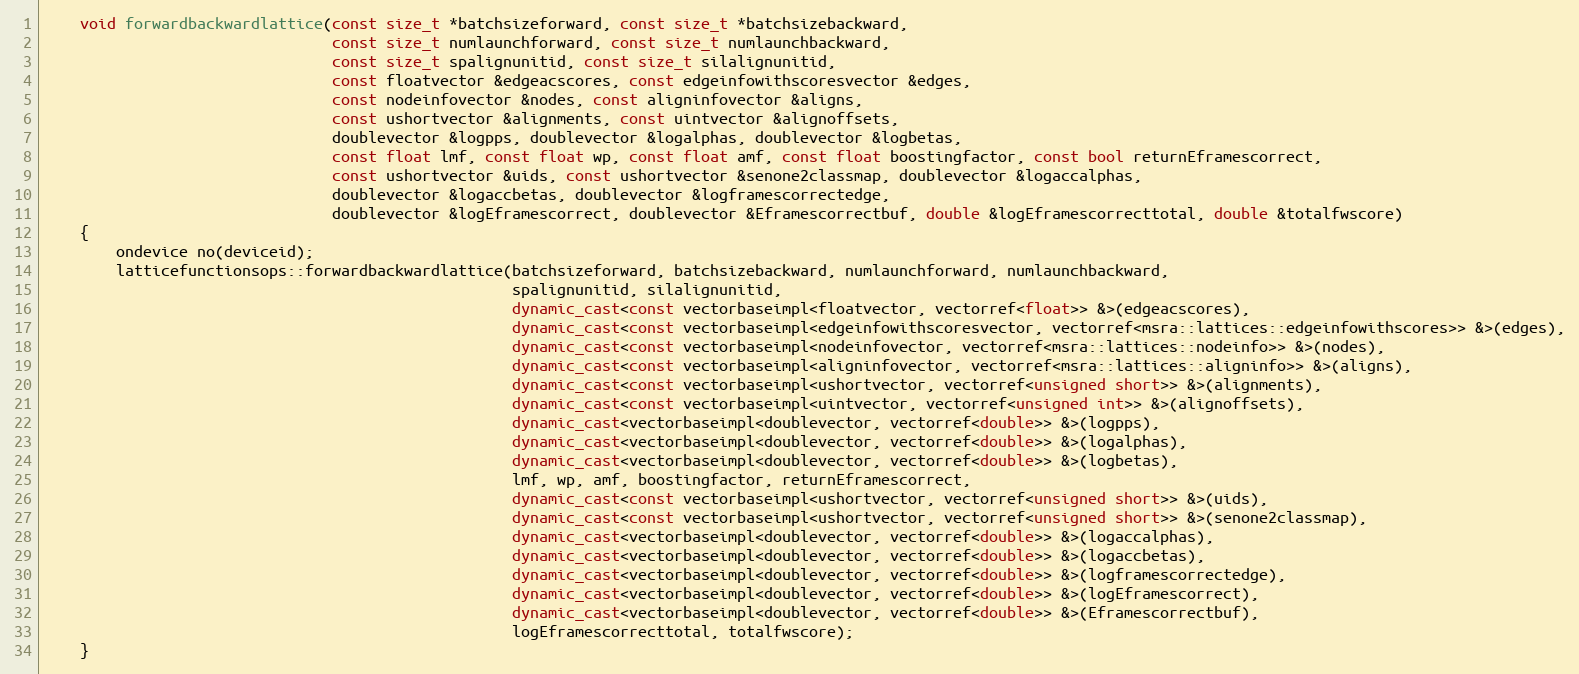
Language: C++
    void forwardbackwardlattice(const size_t *batchsizeforward, const size_t *batchsizebackward,
                                const size_t numlaunchforward, const size_t numlaunchbackward,
                                const size_t spalignunitid, const size_t silalignunitid,
                                const floatvector &edgeacscores, const edgeinfowithscoresvector &edges,
                                const nodeinfovector &nodes, const aligninfovector &aligns,
                                const ushortvector &alignments, const uintvector &alignoffsets,
                                doublevector &logpps, doublevector &logalphas, doublevector &logbetas,
                                const float lmf, const float wp, const float amf, const float boostingfactor, const bool returnEframescorrect,
                                const ushortvector &uids, const ushortvector &senone2classmap, doublevector &logaccalphas,
                                doublevector &logaccbetas, doublevector &logframescorrectedge,
                                doublevector &logEframescorrect, doublevector &Eframescorrectbuf, double &logEframescorrecttotal, double &totalfwscore)
    {
        ondevice no(deviceid);
        latticefunctionsops::forwardbackwardlattice(batchsizeforward, batchsizebackward, numlaunchforward, numlaunchbackward,
                                                    spalignunitid, silalignunitid,
                                                    dynamic_cast<const vectorbaseimpl<floatvector, vectorref<float>> &>(edgeacscores),
                                                    dynamic_cast<const vectorbaseimpl<edgeinfowithscoresvector, vectorref<msra::lattices::edgeinfowithscores>> &>(edges),
                                                    dynamic_cast<const vectorbaseimpl<nodeinfovector, vectorref<msra::lattices::nodeinfo>> &>(nodes),
                                                    dynamic_cast<const vectorbaseimpl<aligninfovector, vectorref<msra::lattices::aligninfo>> &>(aligns),
                                                    dynamic_cast<const vectorbaseimpl<ushortvector, vectorref<unsigned short>> &>(alignments),
                                                    dynamic_cast<const vectorbaseimpl<uintvector, vectorref<unsigned int>> &>(alignoffsets),
                                                    dynamic_cast<vectorbaseimpl<doublevector, vectorref<double>> &>(logpps),
                                                    dynamic_cast<vectorbaseimpl<doublevector, vectorref<double>> &>(logalphas),
                                                    dynamic_cast<vectorbaseimpl<doublevector, vectorref<double>> &>(logbetas),
                                                    lmf, wp, amf, boostingfactor, returnEframescorrect,
                                                    dynamic_cast<const vectorbaseimpl<ushortvector, vectorref<unsigned short>> &>(uids),
                                                    dynamic_cast<const vectorbaseimpl<ushortvector, vectorref<unsigned short>> &>(senone2classmap),
                                                    dynamic_cast<vectorbaseimpl<doublevector, vectorref<double>> &>(logaccalphas),
                                                    dynamic_cast<vectorbaseimpl<doublevector, vectorref<double>> &>(logaccbetas),
                                                    dynamic_cast<vectorbaseimpl<doublevector, vectorref<double>> &>(logframescorrectedge),
                                                    dynamic_cast<vectorbaseimpl<doublevector, vectorref<double>> &>(logEframescorrect),
                                                    dynamic_cast<vectorbaseimpl<doublevector, vectorref<double>> &>(Eframescorrectbuf),
                                                    logEframescorrecttotal, totalfwscore);
    }